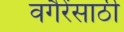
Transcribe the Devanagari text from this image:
वगैरेंसाठी